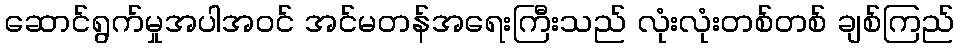
ဆောင်ရွက်မှုအပါအဝင် အင်မတန်အရေးကြီးသည် လုံးလုံးတစ်တစ် ချစ်ကြည်